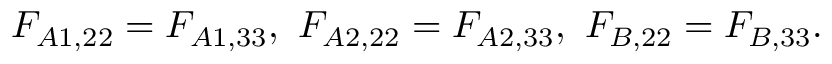
F _ { A 1 , 2 2 } = F _ { A 1 , 3 3 } , \ F _ { A 2 , 2 2 } = F _ { A 2 , 3 3 } , \ F _ { B , 2 2 } = F _ { B , 3 3 } .